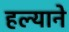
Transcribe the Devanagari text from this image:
हल्याने